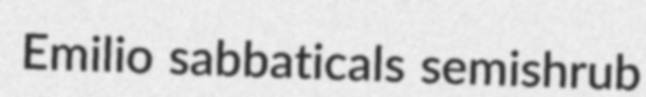
Emilio sabbaticals semishrub